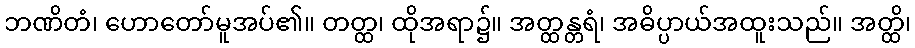
ဘဏိတံ၊ ဟောတော်မူအပ်၏။ တတ္ထ၊ ထိုအရာ၌။ အတ္ထန္တရံ၊ အဓိပ္ပာယ်အထူးသည်။ အတ္ထိ၊